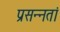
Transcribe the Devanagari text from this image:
प्रसन्नतां